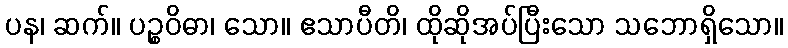
ပန၊ ဆက်။ ပဉ္စဝိဓာ၊ သော။ ဧသာပီတိ၊ ထိုဆိုအပ်ပြီးသော သဘောရှိသော။